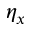
\eta _ { x }